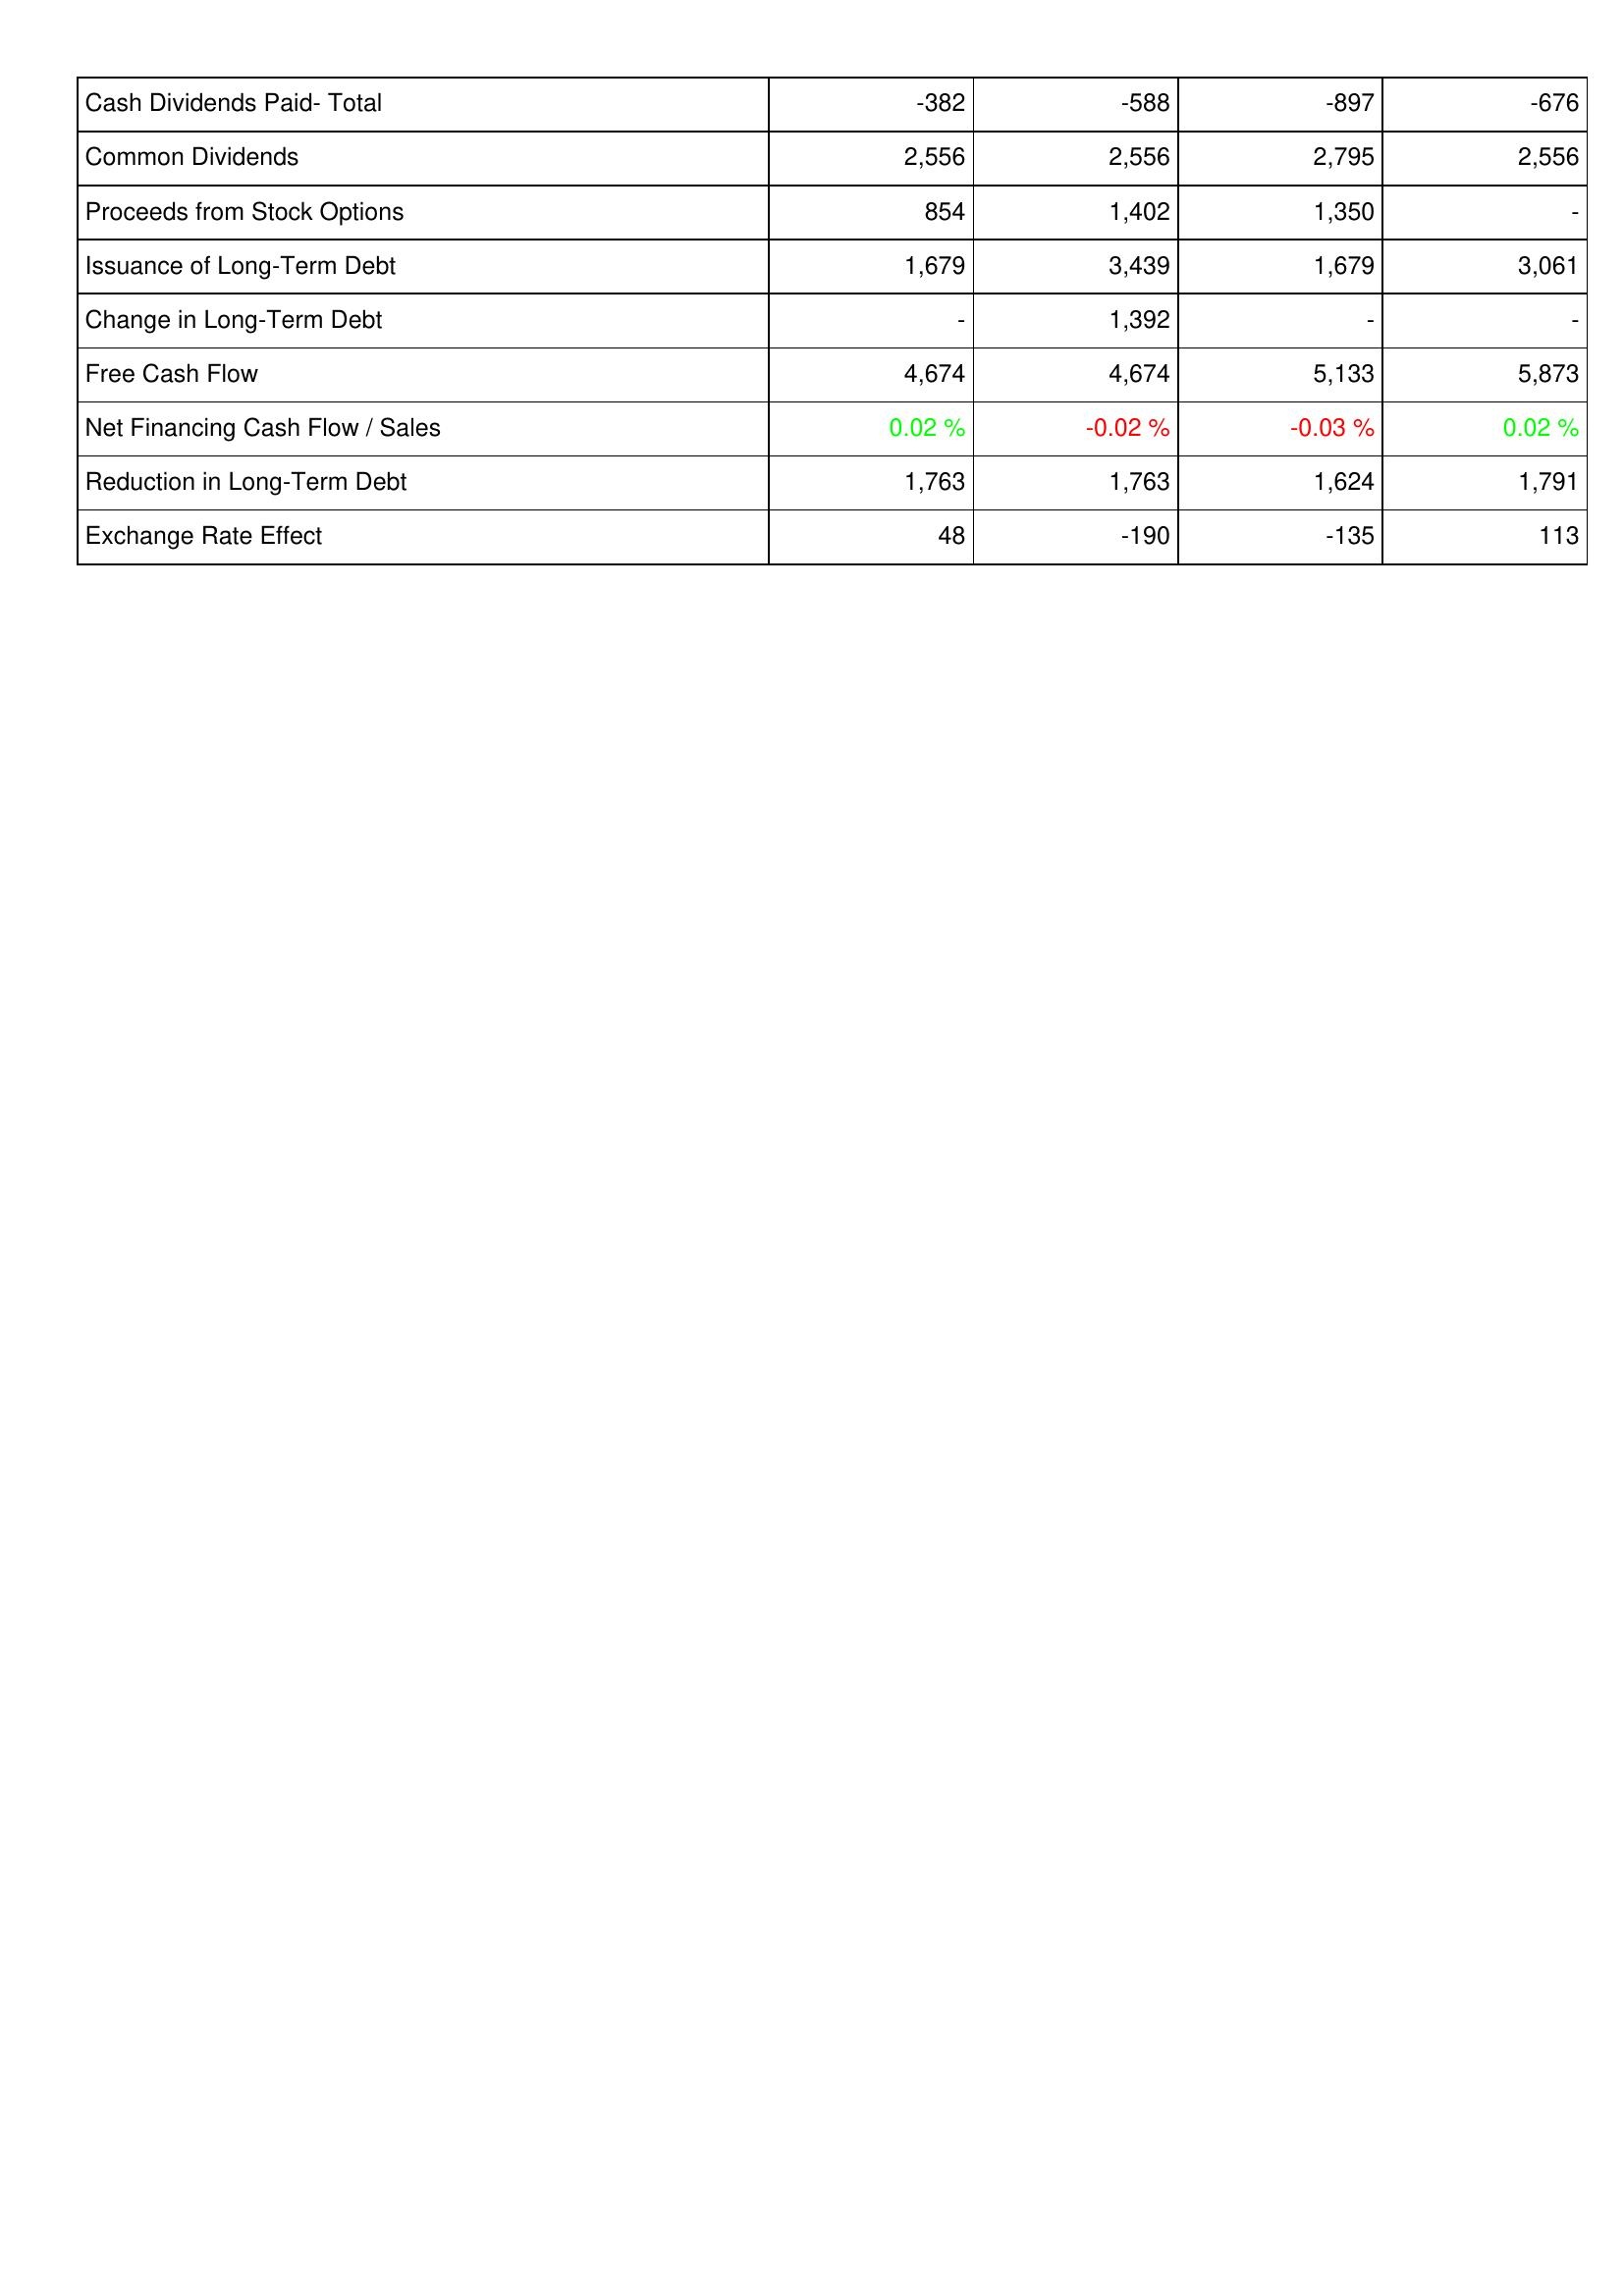
2012: Financing Activities: Cash Dividends Paid- Total: -382
Common Dividends: 2,556
Proceeds from Stock Options: 854
Issuance of Long-Term Debt: 1,679
Change in Long-Term Debt: -
Free Cash Flow: 4,674
Net Financing Cash Flow / Sales: 0.02 %
Reduction in Long-Term Debt: 1,763
Exchange Rate Effect: 48
2011: Financing Activities: Cash Dividends Paid- Total: -588
Common Dividends: 2,556
Proceeds from Stock Options: 1,402
Issuance of Long-Term Debt: 3,439
Change in Long-Term Debt: 1,392
Free Cash Flow: 4,674
Net Financing Cash Flow / Sales: -0.02 %
Reduction in Long-Term Debt: 1,763
Exchange Rate Effect: -190
2010: Financing Activities: Cash Dividends Paid- Total: -897
Common Dividends: 2,795
Proceeds from Stock Options: 1,350
Issuance of Long-Term Debt: 1,679
Change in Long-Term Debt: -
Free Cash Flow: 5,133
Net Financing Cash Flow / Sales: -0.03 %
Reduction in Long-Term Debt: 1,624
Exchange Rate Effect: -135
2009: Financing Activities: Cash Dividends Paid- Total: -676
Common Dividends: 2,556
Proceeds from Stock Options: -
Issuance of Long-Term Debt: 3,061
Change in Long-Term Debt: -
Free Cash Flow: 5,873
Net Financing Cash Flow / Sales: 0.02 %
Reduction in Long-Term Debt: 1,791
Exchange Rate Effect: 113